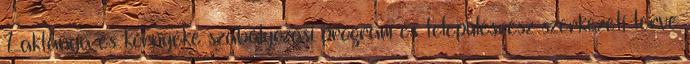
Laktanya és környéke szabályozási program és településrész szerkezeti terve